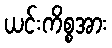
ယင်းကိစ္စအား